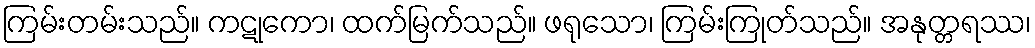
ကြမ်းတမ်းသည်။ ကဋုကော၊ ထက်မြက်သည်။ ဖရုသော၊ ကြမ်းကြုတ်သည်။ အနုတ္တရဿ၊